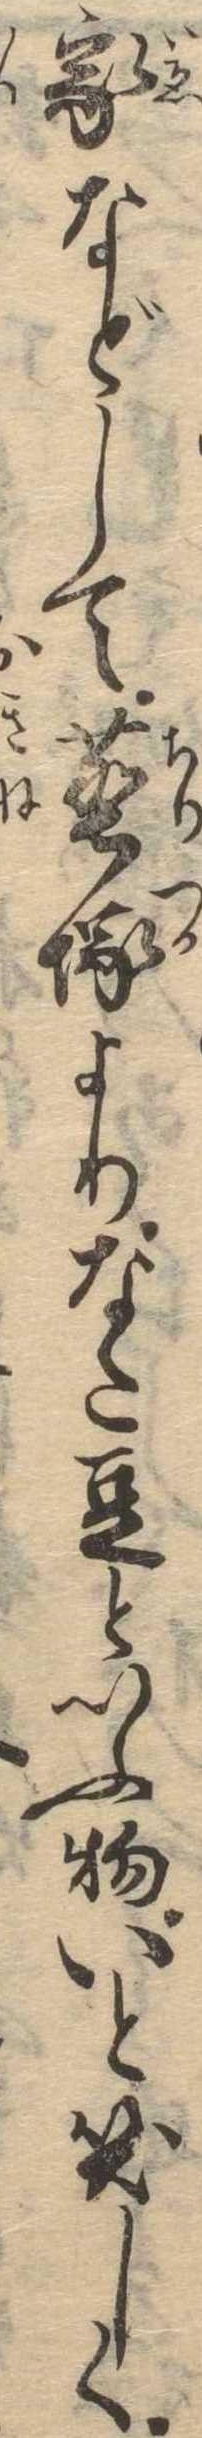
家などして塵塚よりなた豆といふ物いと笑しく